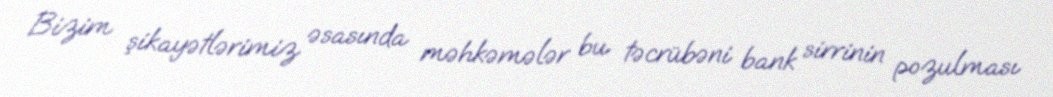
Bizim şikayətlərimiz əsasında məhkəmələr bu təcrübəni bank sirrinin pozulması